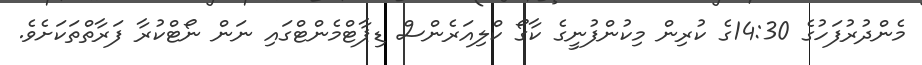
މެންދުރުފަހުގެ 14:30ގެ ކުރިން މިކުންފުނީގެ ކާގޯ ކްލިއަރެންސް ޑިޕާޓްމެންޓްގައި ނަން ނޯޓްކުރާ ފަރާތްތަކަށެވެ.